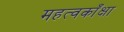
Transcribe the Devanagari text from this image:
महत्वकाँक्षा